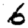
Digit: 6